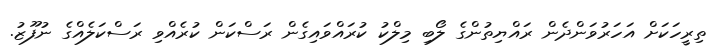
ތިރީހަކަށް އަހަރުވަންދެން ރައްޔިތުންގެ ލޯބި މިލްކު ކުރައްވައިގެން ރަސްކަން ކުރެއްވި ރަސްކަލެއްގެ ނުފޫޒު.